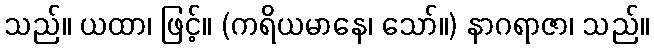
သည်။ ယထာ၊ ဖြင့်။ (ကရိယမာနေ၊ သော်။) နာဂရာဇာ၊ သည်။